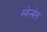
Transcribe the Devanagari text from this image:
स्केन्बेल